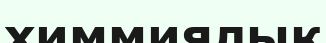
химмиялық